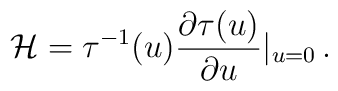
{\cal H}=\tau^{-1}(u)\frac{\partial \tau (u)}{\partial u}|_{u=0} \, .